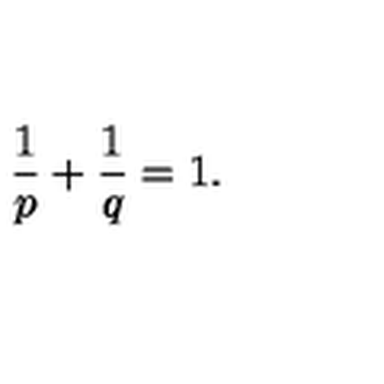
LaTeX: \frac { 1 } { p } + \frac { 1 } { q } = 1 .